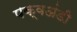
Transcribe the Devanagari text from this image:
पक्वअंडी